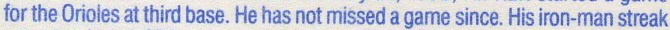
for the Orioles at third base. He has not missed a game since. His iron-man streak